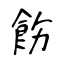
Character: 飭